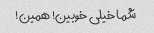
شما خیلی خوبین! همین!